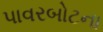
પાવરબોટના